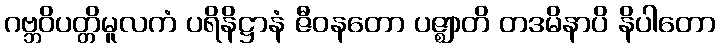
ဂဗ္ဘဝိပတ္တိမူလကံ ပရိနိဋ္ဌာနံ ဇီဝနတော ပဇ္ဈာတိ တဒမိနာပိ နိပါတော